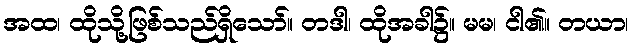
အထ၊ ထိုသို့ဖြစ်သည်ရှိသော်။ တဒါ၊ ထိုအခါ၌။ မမ၊ ငါ၏။ တယာ၊